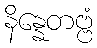
နိန္နေတဗ္ဗံ